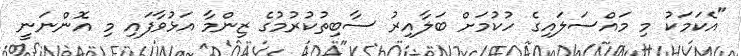
"އެކަމަކު މި މައްސަލައިގެ ހުކުމަށް ބަލާއިރު ސާބިތުކުރުމުގެ ޒިންމާ އަޅުވާފައި މި އޮންނަނީ